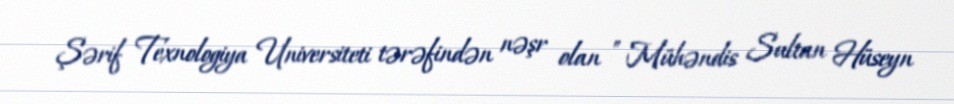
Şərif Texnologiya Universiteti tərəfindən nəşr olan " Mühəndis Sultan Hüseyn